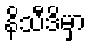
နိသီဒိမှာ